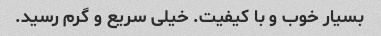
بسیار خوب و با کیفیت. خیلی سریع و گرم رسید.